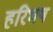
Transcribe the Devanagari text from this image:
हरिभष